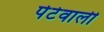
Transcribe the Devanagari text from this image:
पेटेवाली